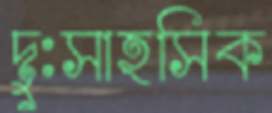
দুঃসাহসিক